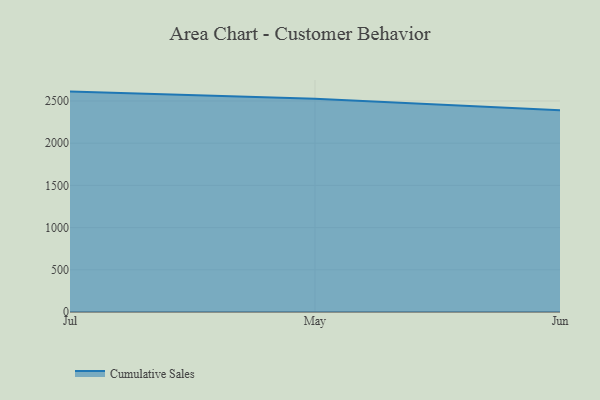
{"axis": {"x": "Month", "y": "Customer Acquisition Cost (USD)"}, "legend": ["Cumulative Sales"], "data": [{"x": "Jul", "y": 2611.0, "type": "Cumulative Sales"}, {"x": "May", "y": 2527.4, "type": "Cumulative Sales"}, {"x": "Jun", "y": 2390.9, "type": "Cumulative Sales"}]}